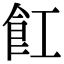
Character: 𮨷